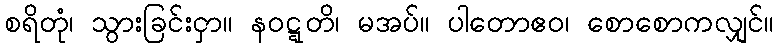
စရိတုံ၊ သွားခြင်းငှာ။ နဝဋ္ဋတိ၊ မအပ်။ ပါတောဧဝ၊ စောစောကလျှင်။